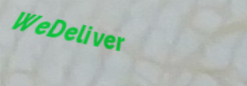
WeDeliver